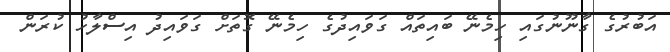
އަބުރުގެ ގާނޫނުގައި ހިމެނޭ ބައިތައް ގަވައިދުގެ ހިމެނޭ ގޮތަށް ގަވައިދު އިސްލާހު ކުރަން